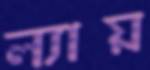
ল্যায়